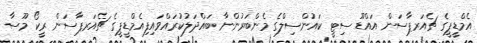
އެމްޑީޕީގެ ޗެއަރޕާސަން އައްޑޫ ސިޓީ ކައުންސިލްގެ މެންބަރުންނާ ބައްދަލުކުރައްވައިފިއެމްޑީޕީގެ ޗެއަރޕާސަން ރީކޯ މޫސާ